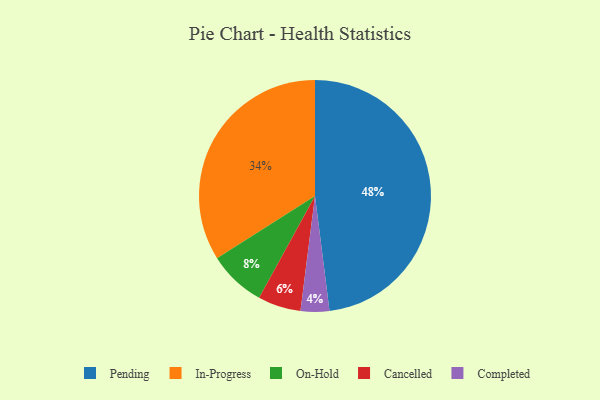
{"axis": {"x": "Category", "y": "Percentage"}, "legend": ["Cancelled", "Completed", "In-Progress", "On-Hold", "Pending"], "data": [{"x": "Cancelled", "y": 6, "type": "Cancelled"}, {"x": "Completed", "y": 4, "type": "Completed"}, {"x": "In-Progress", "y": 34, "type": "In-Progress"}, {"x": "Pending", "y": 48, "type": "Pending"}, {"x": "On-Hold", "y": 8, "type": "On-Hold"}]}